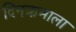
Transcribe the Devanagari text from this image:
दिनक्रमाला